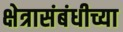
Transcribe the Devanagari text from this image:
क्षेत्रासंबंधीच्या